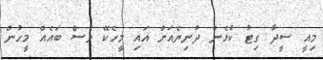
މިއީ ސީދާ ގިޓާ ކުޅެން ދުނިޔެއަށް އައި މީހެކޭ ވެސް ބައެއް މީހުން